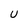
Character: U